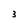
Character: 3